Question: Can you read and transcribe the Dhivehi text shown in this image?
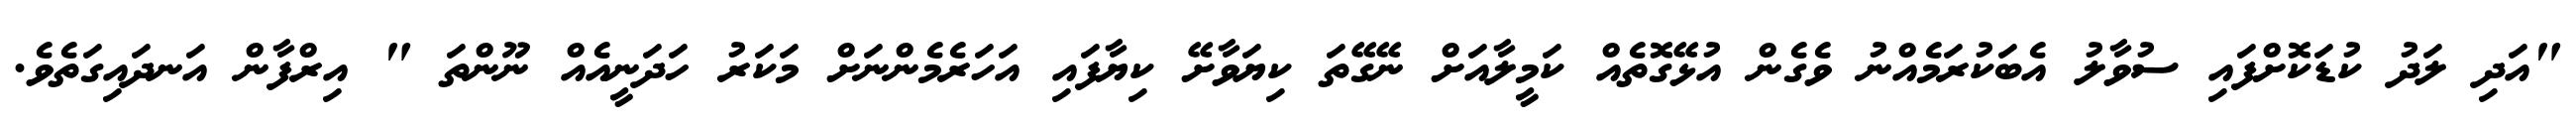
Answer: "އަދި ލަދު ކުޑަކޮށްފައި ސުވާލު އެބަކުރަމެއްނު ވެގެން އުޅޭގޮތެއް ކަމީލާއަށް ނޭގޭތަ ކިޔަވާށޭ ކިޔާފައި އަހަރެމެންނަށް މަކަރު ހަދަނީއެއް ނޫންތަ " އިރްފާން އަނދައިގަތެވެ.